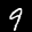
Label: 9